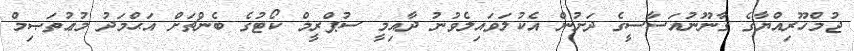
ޖުމްހޫރިއްޔާގެ ޤާނޫނުއަސާސީގެ ދަށުން އެކުލަވައިލެވުނު ދާއިމީ ސުޕްރީމް ކޯޓުގެ ބެންޗަށް އަޙްމަދު މުޢުތަޞިމް